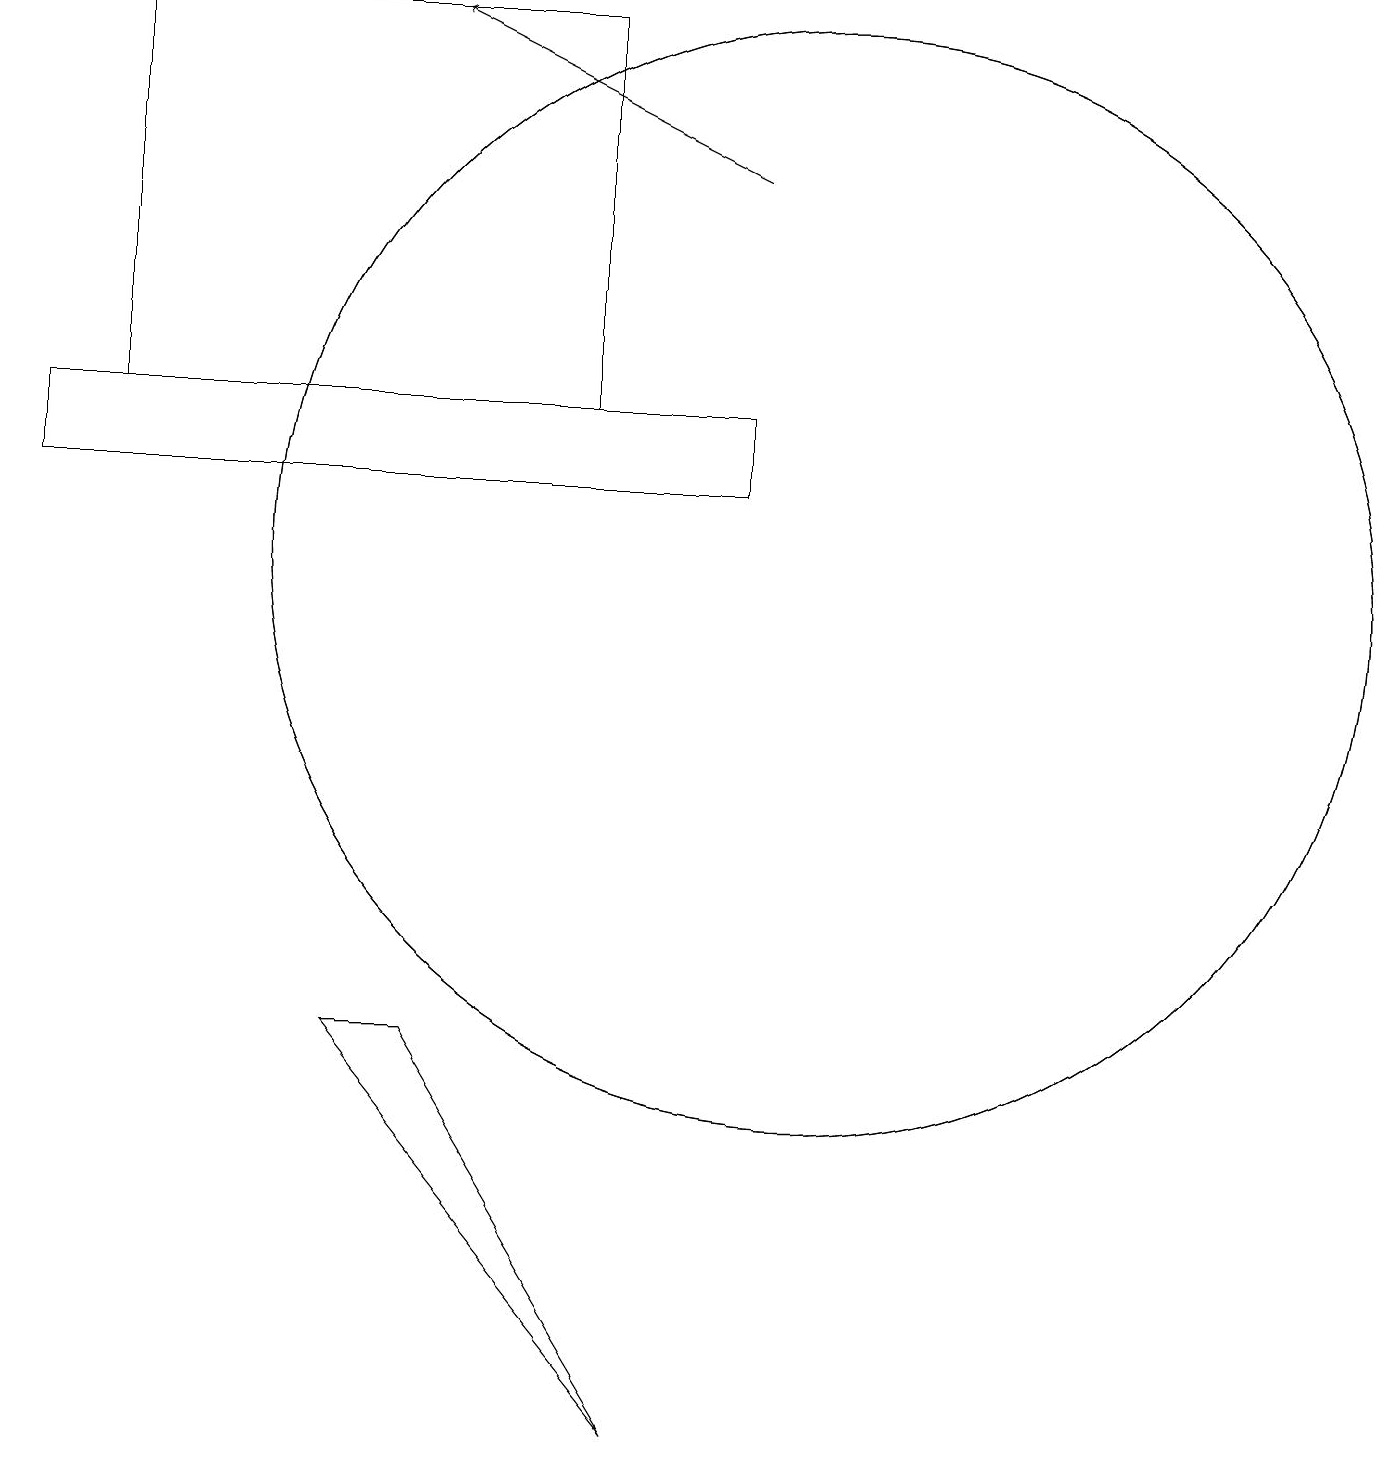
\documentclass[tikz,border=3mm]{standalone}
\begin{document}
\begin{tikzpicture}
\draw (10,11) circle (7);
\draw (7,18) rectangle (1,13);
\draw (9,12) rectangle (0,13);
\draw (10,11) circle (7);
\draw[->] (9,16) -- (5,18);
\draw (5,5) -- (8,0) -- (4,5) -- cycle;
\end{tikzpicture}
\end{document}